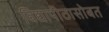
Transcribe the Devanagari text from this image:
विद्यापीठासोबत